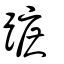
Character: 蹠